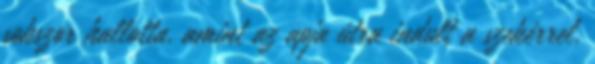
sokszor hallotta, amint az apja útra indult a szekérrel,